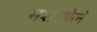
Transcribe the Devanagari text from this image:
मशरफेने